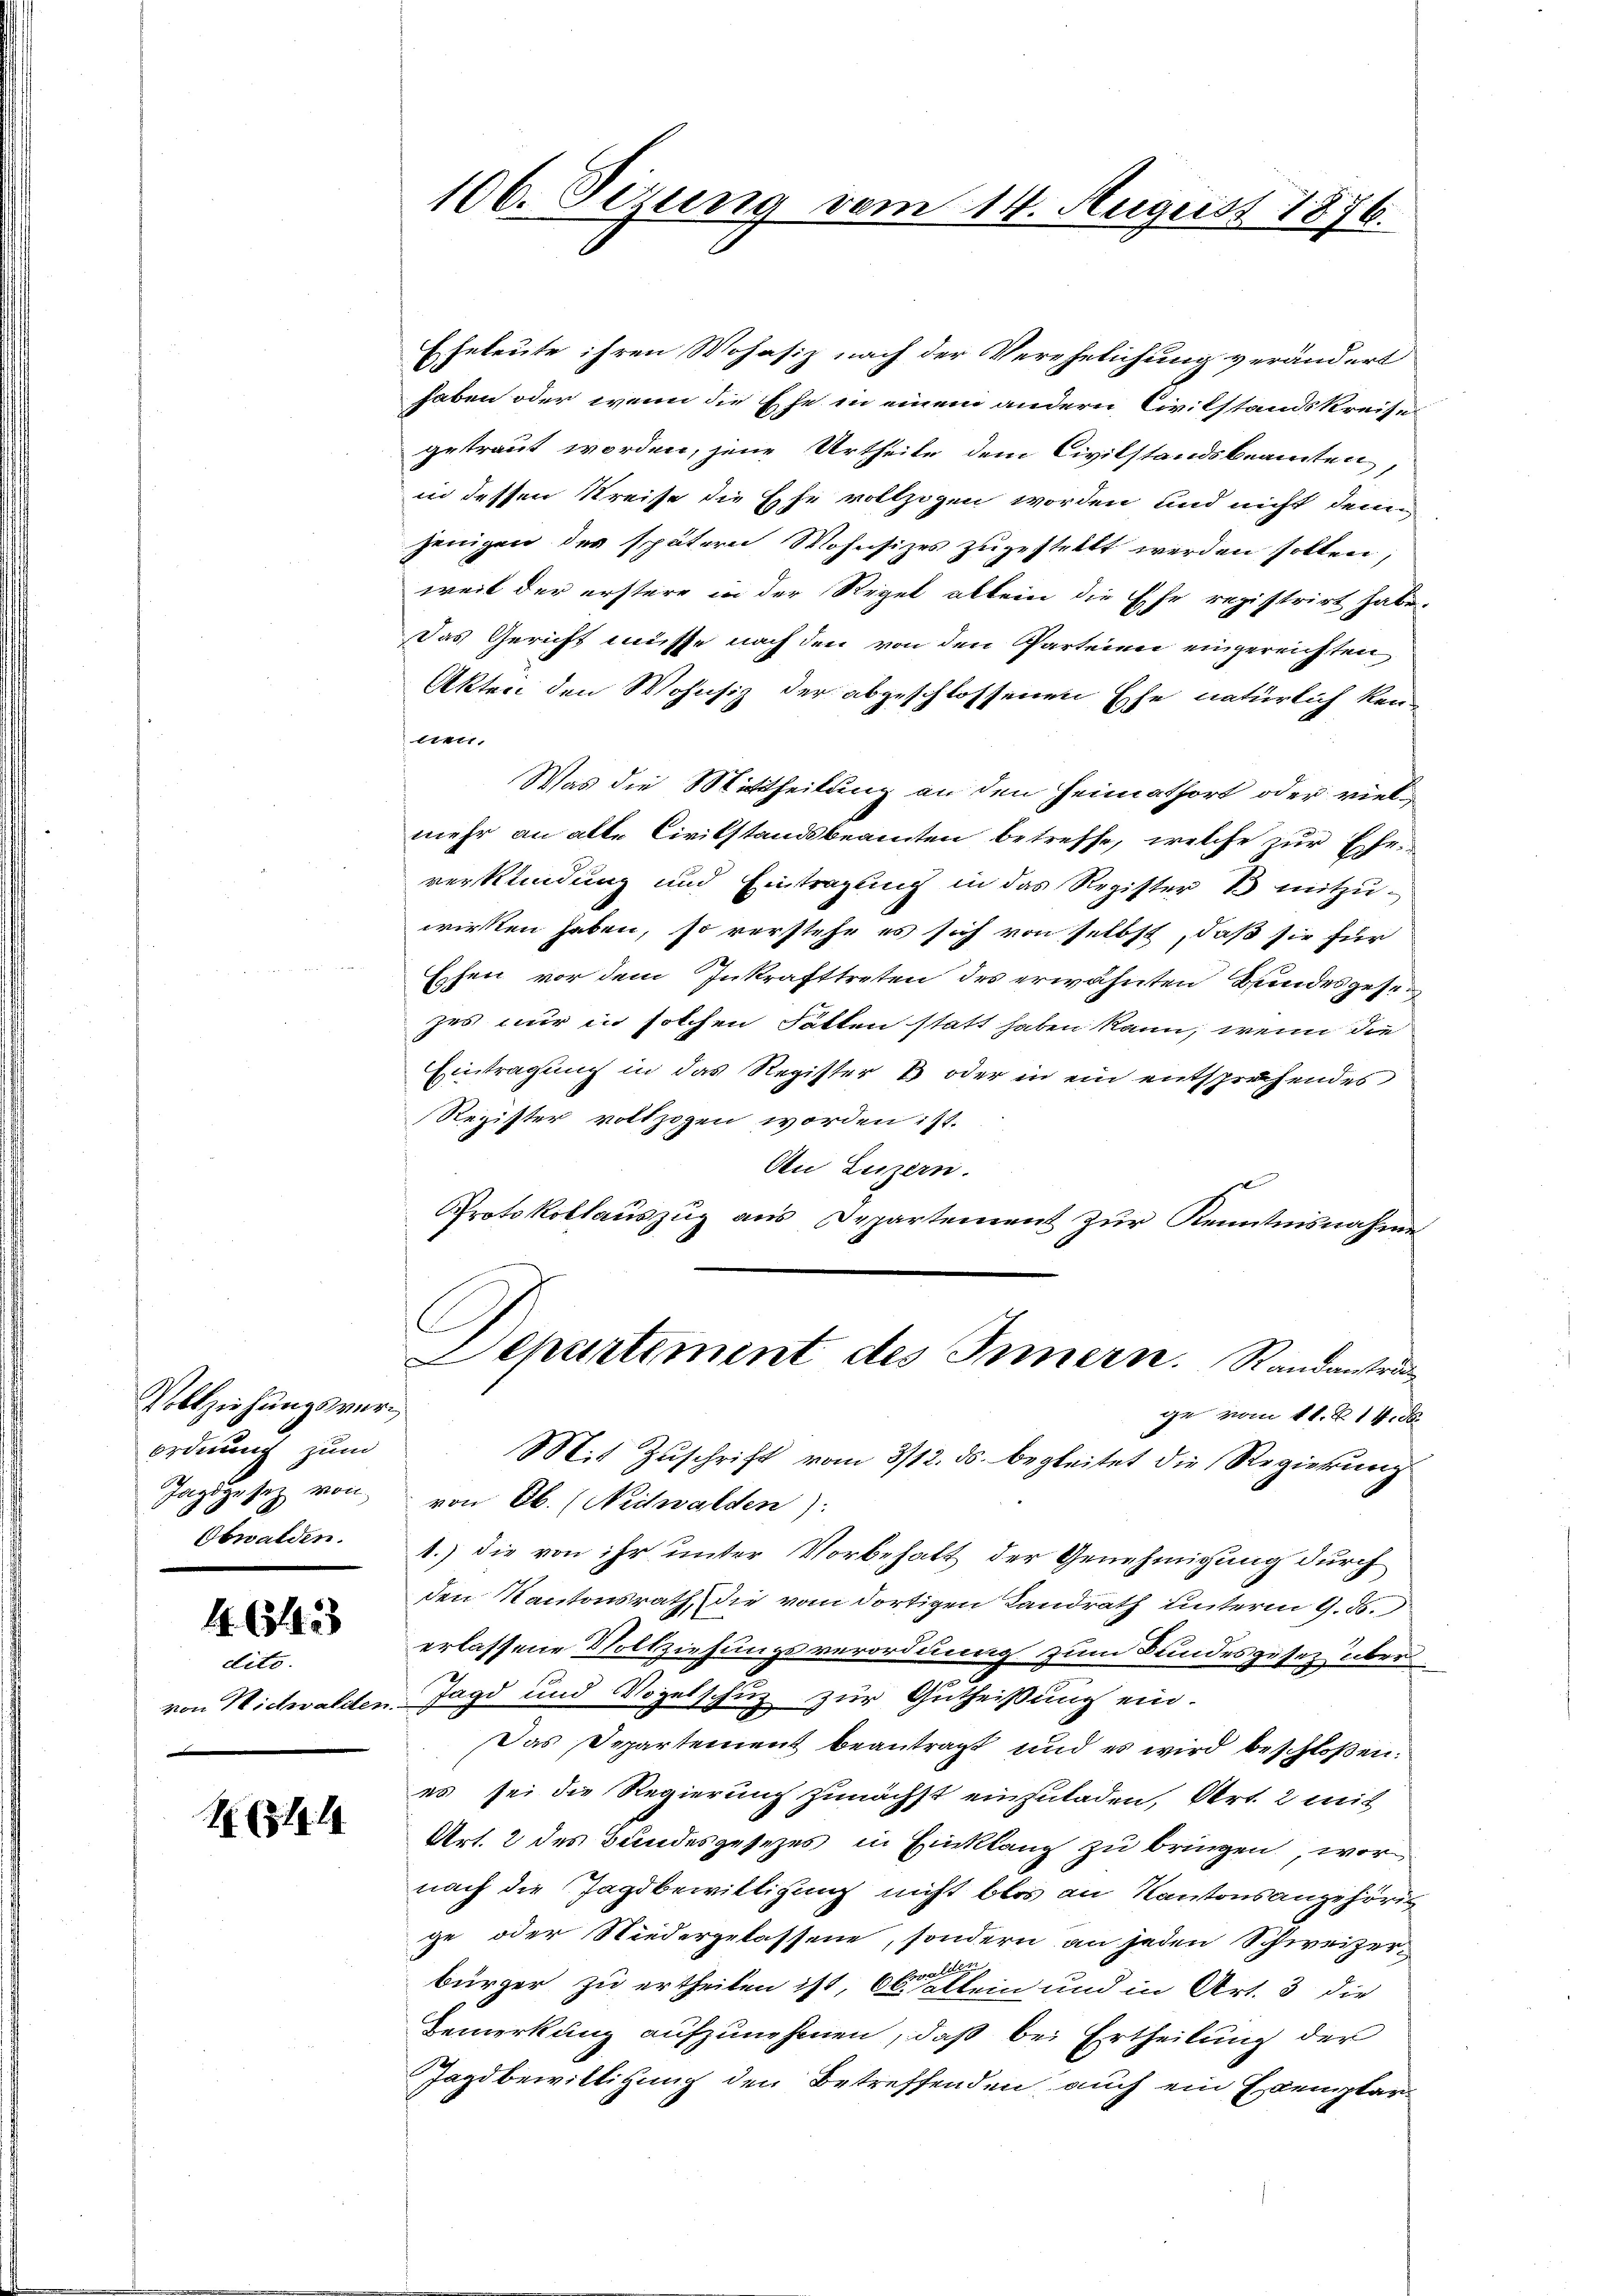
Vollziehungsverordnung zum
Jagdgesetz von
Obwalden.

1. 631423

dito.
von Nictwalder

181

106. Sizung vom 14. August 1876.

Eheleute ihren Wohnsiz nach der Verehelichung verändert
haben oder wenn die Ehe in einem andern Civilstandskreise
getraut worden, jene Urtheile dem Civilstandsbeamten,
in dessen Kreise die Ehe vollzogen worden und nicht dem
jenigen des spätern Wohnsizes zugestellt werden sollen;
weil der erstere in der Regel allein die Ehe registrirt habe.
Das Gericht müsse nach den von den Parteiner eingereichten
Akten den Wohnsiz der abgeschlossenen Ehe natürlich ken-
Eietr.
Was die Mittheilung an den Heimathort oder vielmehr an alte Civilstandsbeamten betreffe, welche zur Eheverkündung und Eintragung in das Register 1 mitzuwirken haben, so verstehe es sich von selbst, daß sie für
Essen vor dem Inkrafttreten des erwähnten Bundesgese
zes nur in solchen Fallen statt haben kann, wenn die
Eintragung in das Register B oder in ein entsprechendes
Register vollzogen worden ist.
An Luzern.
Protokollauszug aus Departement zur Kenntnisnahme
C
Departement des Innern. Randanstru
ge vom 11. Z. 11. d.
Mit Zuschrift vom 3/12. ds. begleitet die Regierung
von Ob. (Nidwalden):
1.) Die von ihr unter Vorbehalt der Genehmigung durch
den Kantonsrath, die vom dortigen Landrath unterm 9. d.
erlassene Vollziehungsverordnung zum Bundesgesetz über
Jagd und Vogelschuz zur Gutheißung ein.
Das Departement beantragt und es wird beschloßen:
es sei die Regierung zunächst einzuladen, Art. 2 mit
Art. 2 des Bundesgesezes in Einklang zu bringen wornach die Tagsbewilligung nicht blos an Kantonsangehörig
ge oder Niedergelassene, sondern an jeden Schweizerbürger zu ertheilen ist, Ob Klein und in Art. 3 die
Bemerkung aufzunehmen, daß bei Ertheilung der
Jagdbewilligung den Betreffenden auch ein Exemplar